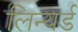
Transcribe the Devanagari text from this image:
लिन्यर्ड